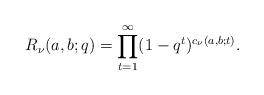
LaTeX: \begin{align*}R_\nu(a,b;q) = \prod _{t=1}^\infty (1-q^t)^{c_\nu(a,b;t)}.\end{align*}